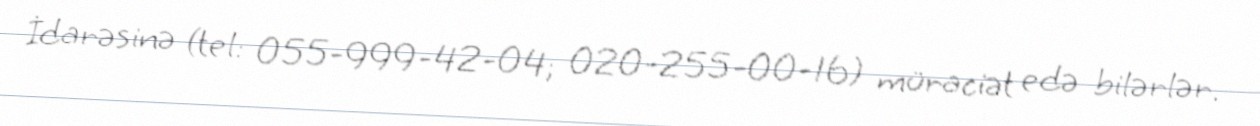
İdarəsinə (tel: 055-999-42-04; 020-255-00-16) müraciət edə bilərlər.